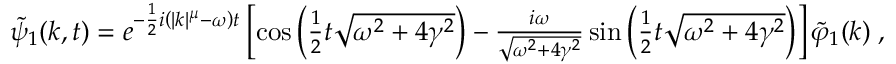
\begin{array} { r } { \widetilde { \psi } _ { 1 } ( k , t ) = e ^ { - \frac { 1 } { 2 } i \left( | k | ^ { \mu } - \omega \right) t } \left[ \cos \left( \frac { 1 } { 2 } t \sqrt { \omega ^ { 2 } + 4 \gamma ^ { 2 } } \right) - \frac { i \omega } { \sqrt { \omega ^ { 2 } + 4 \gamma ^ { 2 } } } \sin \left( \frac { 1 } { 2 } t \sqrt { \omega ^ { 2 } + 4 \gamma ^ { 2 } } \right) \right] \widetilde { \varphi } _ { 1 } ( k ) \; , } \end{array}